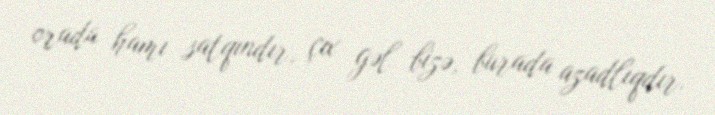
orada hamı satqındır, çıx gəl bizə, burada azadlıqdır.